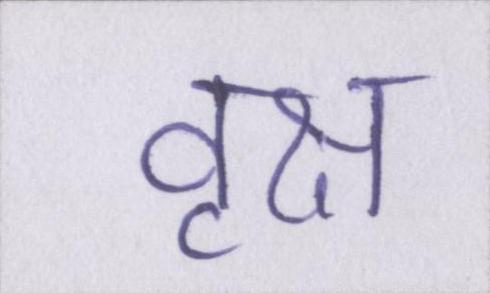
वृक्ष